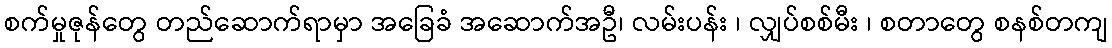
စက်မှုဇုန်တွေ တည်ဆောက်ရာမှာ အခြေခံ အဆောက်အဦ၊ လမ်းပန်း ၊ လျှပ်စစ်မီး ၊ စတာတွေ စနစ်တကျ